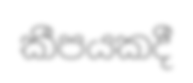
කීපයකදී